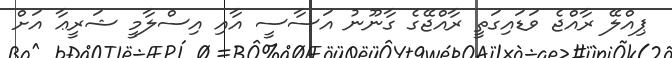
ޕިއްލޭ ރާއްޖެ ވަޑައިގަތީ ރާއްޖޭގެ ގާނޫނު އަސާސީ އާއި އިސްލާމީ ޝަރީޢާ އަށް